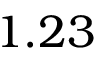
1 . 2 3